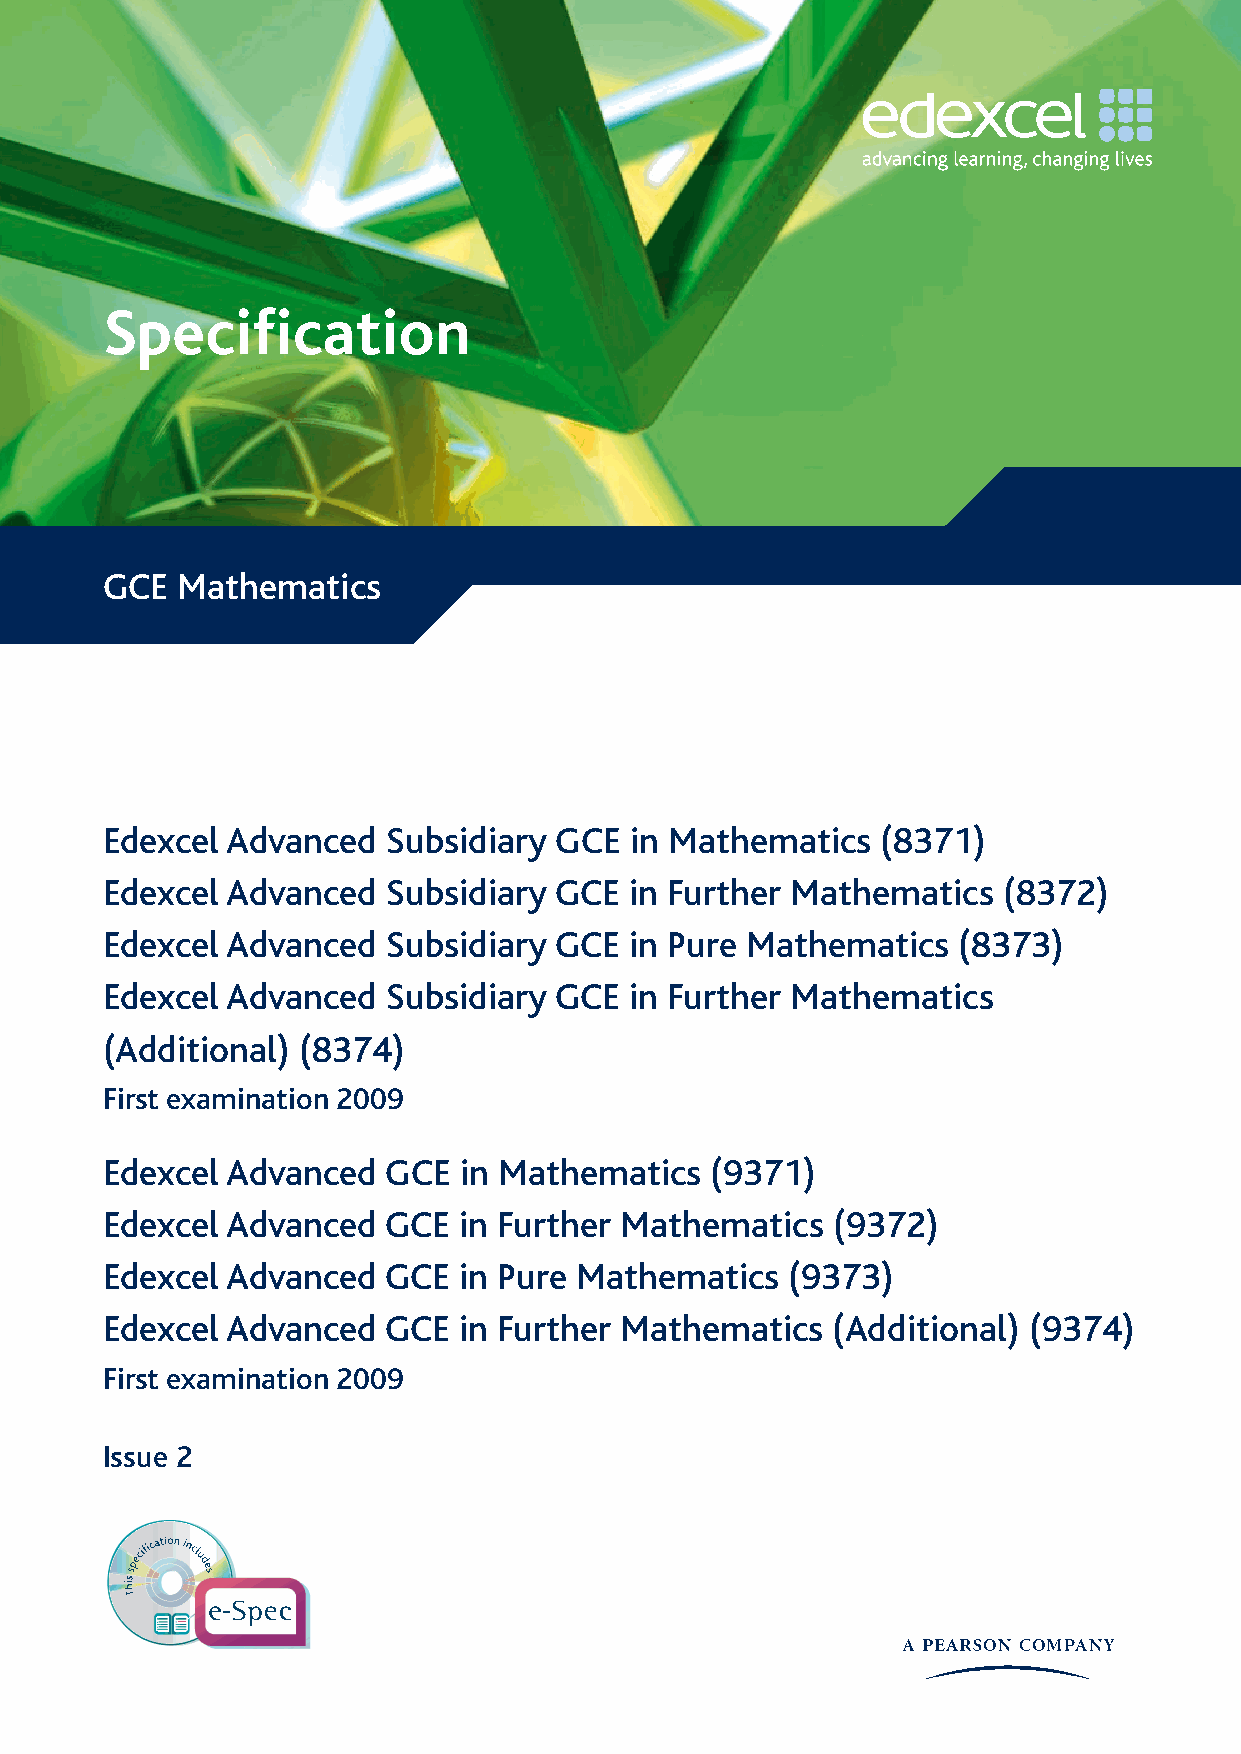
Specification 
 GCE  Mathematics
 Edexcel Advanced   Subsidiary GCE  in Mathematics  (8371)
 Edexcel Advanced   Subsidiary GCE  in Further Mathematics  (8372)
 Edexcel Advanced   Subsidiary GCE  in Pure Mathematics  (8373)
 Edexcel Advanced   Subsidiary GCE  in Further Mathematics
 (Additional) (8374)
 First examination 2009
 Edexcel Advanced   GCE in Mathematics   (9371)
 Edexcel Advanced   GCE in Further Mathematics   (9372)
 Edexcel Advanced   GCE in Pure Mathematics   (9373)
 Edexcel Advanced   GCE in Further Mathematics   (Additional) (9374)
 First examination 2009
 Issue 2